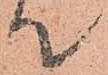
て